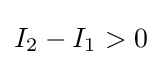
I_{2}-I_{1}>0